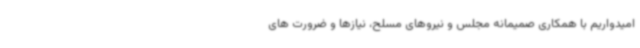
امیدواریم با همکاری صمیمانه مجلس و نیروهای مسلح، نیازها و ضرورت های